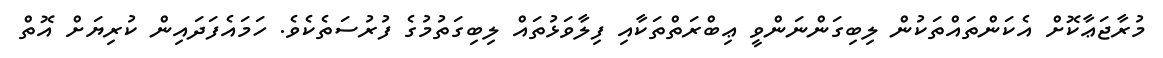
މުރާޖަޢާކޮށް އެކަންތައްތަކުން ލިބިގަންނަންވީ ޢިބްރަތްތަކާއި ފިލާވަޅުތައް ލިބިގަތުމުގެ ފުރުސަތެކެވެ. ހަމައެފަދައިން ކުރިޔަށް އޮތް